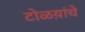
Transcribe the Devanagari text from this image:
टोळय़ांचे